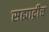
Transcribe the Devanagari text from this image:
सह्याद्रीच